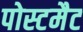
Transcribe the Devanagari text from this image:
पोस्टमैट